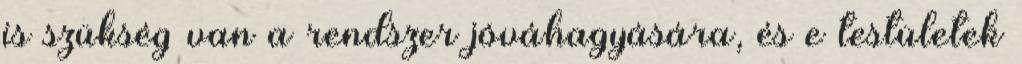
is szükség van a rendszer jóváhagyására, és e testületek